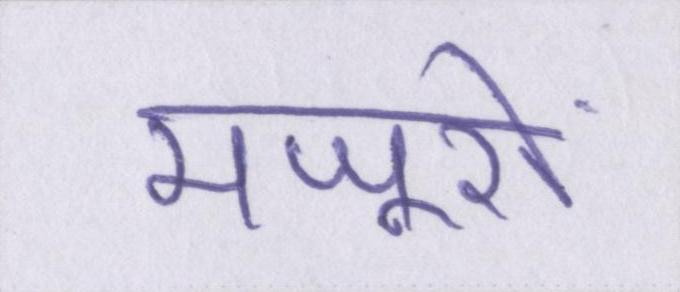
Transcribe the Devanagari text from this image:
मजूरों